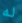
له